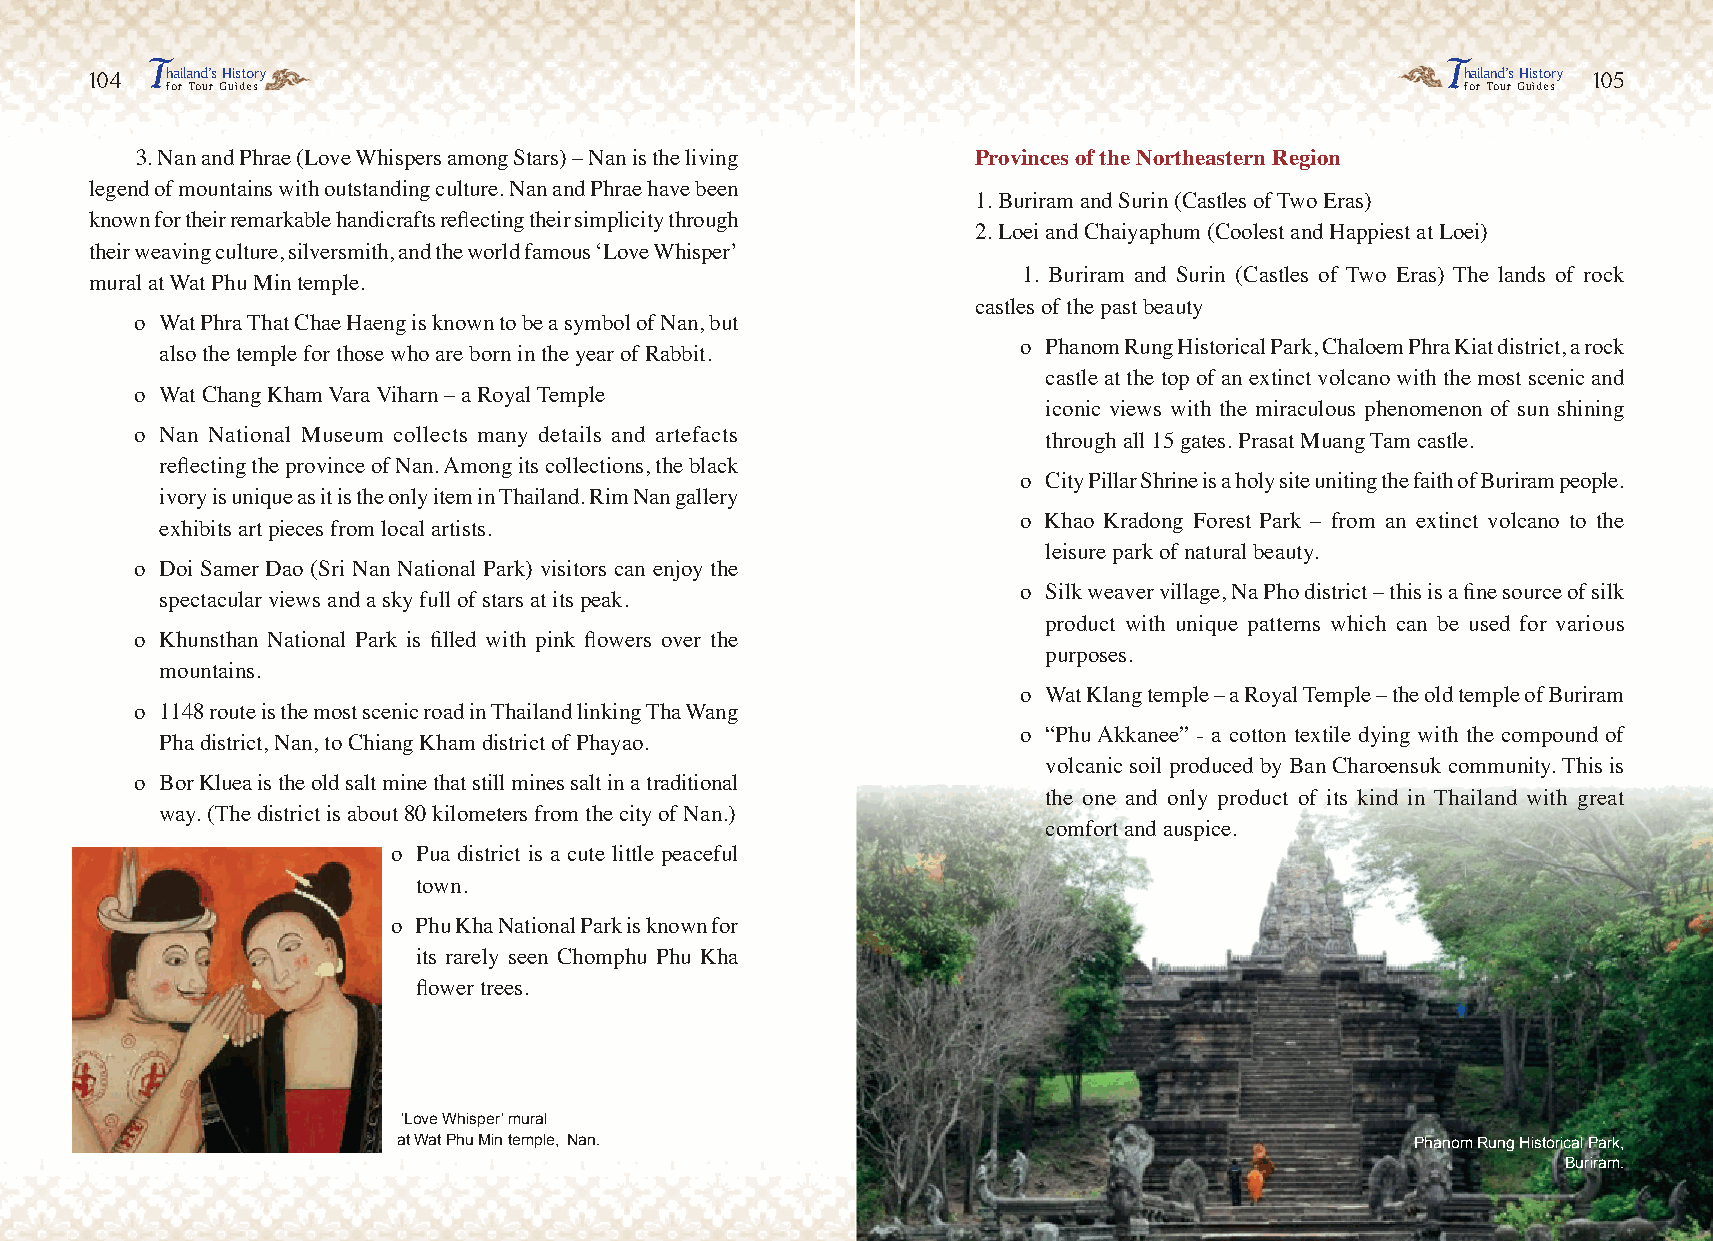
T                                                                                     T
 104  hailand’s History                                                                     hailand’s History 105
 for Tour Guides                                                                       for Tour Guides
 3. Nan and Phrae (Love Whispers among Stars) – Nan is the living Provinces of the Northeastern Region
 legend of mountains with outstanding culture. Nan and Phrae have been
 1. Buriram and Surin (Castles of Two Eras)
 known for their remarkable handicrafts reflecting their simplicity through
 2. Loei and Chaiyaphum (Coolest and Happiest at Loei)
 their weaving culture, silversmith, and the world famous ‘Love Whisper’
 1. Buriram and Surin (Castles of Two Eras) The lands of rock
 mural at Wat Phu Min temple.
 castles of the past beauty
 o Wat Phra That Chae Haeng is known to be a symbol of Nan, but
 o Phanom Rung Historical Park, Chaloem Phra Kiat district, a rock
 also the temple for those who are born in the year of Rabbit.
 castle at the top of an extinct volcano with the most scenic and
 o Wat Chang Kham Vara Viharn – a Royal Temple
 iconic views with the miraculous phenomenon of sun shining
 o Nan National Museum collects many details and artefacts   through all 15 gates. Prasat Muang Tam castle.
 reflecting the province of Nan. Among its collections, the black
 o City Pillar Shrine is a holy site uniting the faith of Buriram people.
 ivory is unique as it is the only item in Thailand. Rim Nan gallery
 o Khao Kradong Forest Park – from an extinct volcano to the
 exhibits art pieces from local artists.
 leisure park of natural beauty.
 o Doi Samer Dao (Sri Nan National Park) visitors can enjoy the
 o Silk weaver village, Na Pho district – this is a fine source of silk
 spectacular views and a sky full of stars at its peak.
 product with unique patterns which can be used for various
 o Khunsthan National Park is filled with pink flowers over the
 purposes.
 mountains.
 o Wat Klang temple – a Royal Temple – the old temple of Buriram
 o 1148 route is the most scenic road in Thailand linking Tha Wang
 o “Phu Akkanee” - a cotton textile dying with the compound of
 Pha district, Nan, to Chiang Kham district of Phayao.
 volcanic soil produced by Ban Charoensuk community. This is
 o Bor Kluea is the old salt mine that still mines salt in a traditional
 the one and only product of its kind in Thailand with great
 way. (The district is about 80 kilometers from the city of Nan.)
 comfort and auspice.
 o Pua district is a cute little peaceful
 town.
 o Phu Kha National Park is known for
 its rarely seen Chomphu Phu Kha
 flower trees.
 ‘Love Whisper’ mural
 at Wat Phu Min temple, Nan.                                         Phanom Rung Historical Park,
 Buriram.